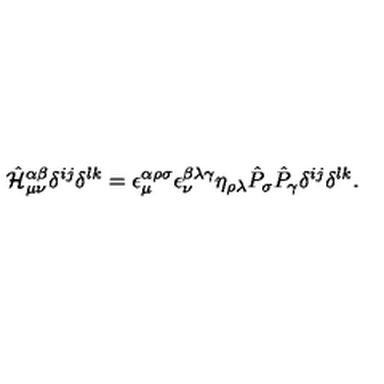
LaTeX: \hat { \cal H } _ { \mu \nu } ^ { \alpha \beta } \delta ^ { i j } \delta ^ { l k } = \epsilon _ { \mu } ^ { \alpha \rho \sigma } \epsilon _ { \nu } ^ { \beta \lambda \gamma } \eta _ { \rho \lambda } \hat { P } _ { \sigma } \hat { P } _ { \gamma } \delta ^ { i j } \delta ^ { l k } .